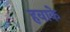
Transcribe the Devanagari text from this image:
हवाके